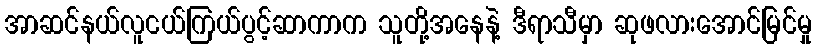
အာဆင်နယ်လူငယ်ကြယ်ပွင့်ဆာကာက သူတို့အနေနဲ့ ဒီရာသီမှာ ဆုဖလားအောင်မြင်မှု